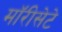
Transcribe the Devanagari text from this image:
मॉरीसेटे